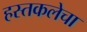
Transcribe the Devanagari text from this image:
हस्तकलेचा